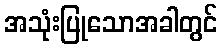
အသုံးပြုသောအခါတွင်